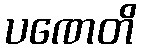
ပဏေတိ